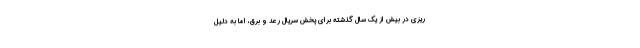
ریزی در بیش از یک سال گذشته برای پخش سریال رعد و برق، اما به دلیل